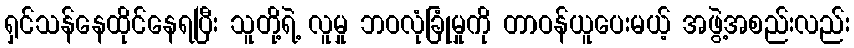
ရှင်သန်နေထိုင်နေရပြီး သူတို့ရဲ့ လူမှု ဘဝလုံခြုံမှုကို တာဝန်ယူပေးမယ့် အဖွဲ့အစည်းလည်း